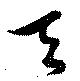
天